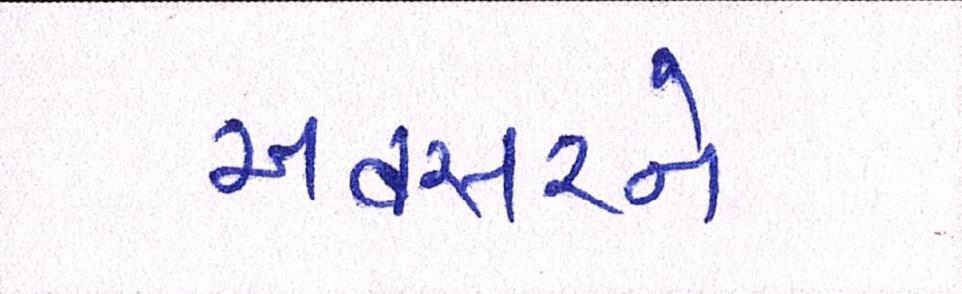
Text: અવસરને